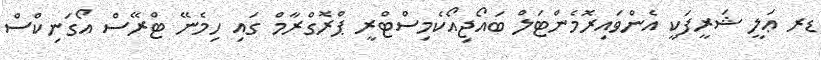
ޑރ ޢަލީ ޝަރީފަކީ އެންވައިރޮމެންޓަލް ބައޯޖިއޯކެމިސްޓްރީ ޕްރޮގްރާމް ގައި ހިމެނޭ ޓްރޭސް އޯގަނިކްސް